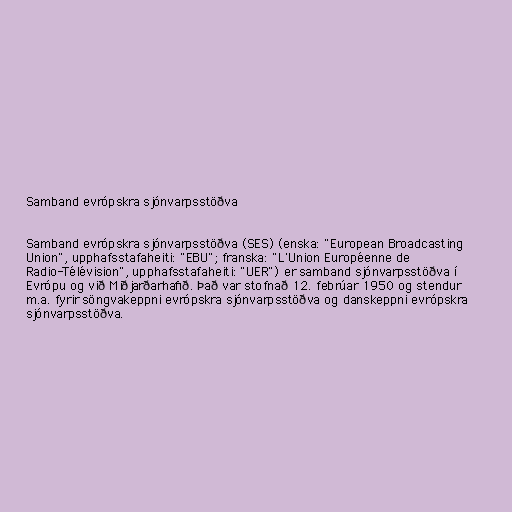
Samband evrópskra sjónvarpsstöðva

Samband evrópskra sjónvarpsstöðva (SES) (enska: "European Broadcasting
Union", upphafsstafaheiti: "EBU"; franska: "L'Union Européenne de
Radio-Télévision", upphafsstafaheiti: "UER") er samband sjónvarpsstöðva í
Evrópu og við Miðjarðarhafið. Það var stofnað 12. febrúar 1950 og stendur
m.a. fyrir söngvakeppni evrópskra sjónvarpsstöðva og danskeppni evrópskra
sjónvarpsstöðva.